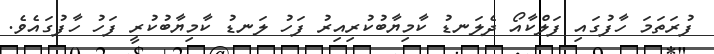
ފުރަތަމަ ހާފުގައި ފަލްކާއޯ ދެލަނޑު ކާމިޔާބުކުރިއިރު ފަހު ލަނޑު ކާމިޔާބުކުރީ ފަހު ހާފުގައެވެ.